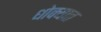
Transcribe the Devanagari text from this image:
धोक्‍यात